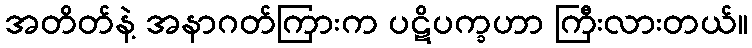
အတိတ်နဲ့ အနာဂတ်ကြားက ပဋိပက္ခဟာ ကြီးလားတယ်။